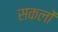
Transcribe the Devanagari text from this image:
सकलों